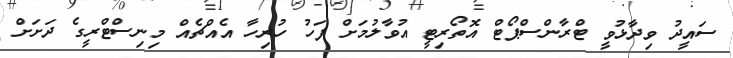
ސައީދު ވިދާޅުވީ ޓްރާންސްޕޯޓް އޮތޯރިޓީ އުވާލުމަށް ފަހު ހުރިހާ އެއްޗެއް މިނިސްޓްރީގެ ދަށަށް